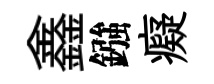
鑫鏹癡